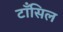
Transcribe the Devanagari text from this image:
टाँसिल